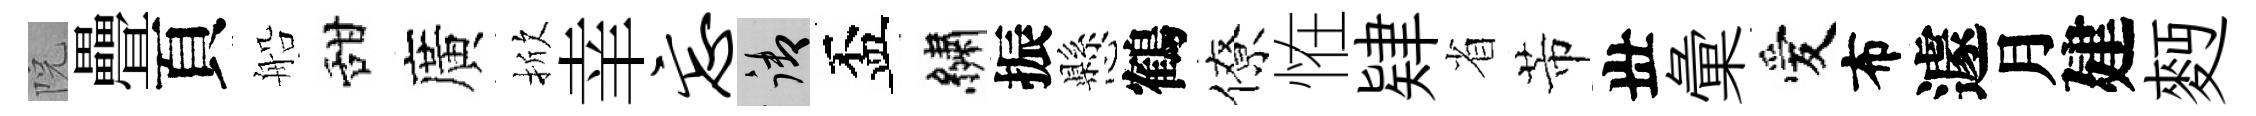
院疊頁船甜廣掀𦍒忘御盃繡振懸鶴僚恠肄省芾丗彙愛布遽月建麪